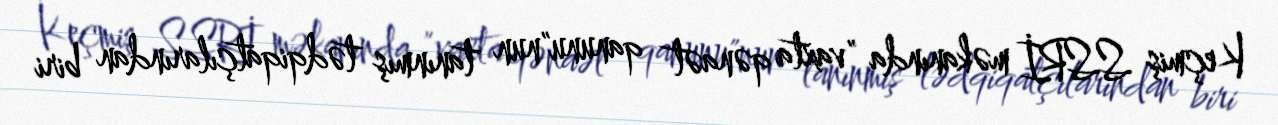
Keçmiş SSRİ məkanında "vaxta qənaət qanunu"nun tanınmış tədqiqatçılarından biri